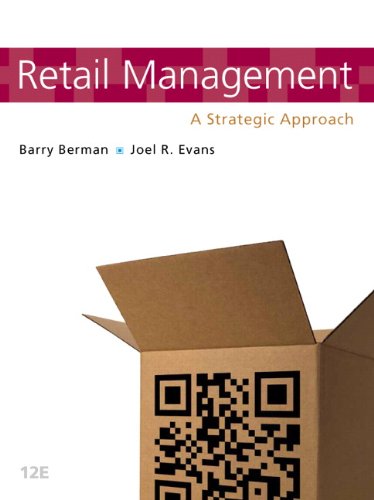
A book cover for Retail Management: A Strategic Approach (12th Edition); Barry R. Berman; Business & Money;